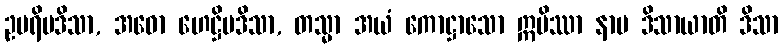
ဥပရိမဒိသာ, အဓော ဟေဋ္ဌိမဒိသာ, တသ္မာ အယံ ကောဋ္ဌာသော ဣမိဿာ နာမ ဒိသာယာတိ ဒိသာ